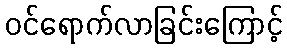
ဝင်ရောက်လာခြင်းကြောင့်